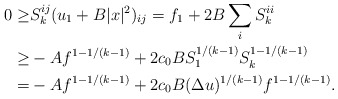
\begin{align*}\begin{aligned}0 \geq & S^{ij}_k (u_1 + B |x|^2)_{ij} = f_1 + 2 B \sum_i S^{ii}_k\\ \geq & - A f^{1 - 1/(k-1)} + 2 c_0 B S_1^{1/(k-1)} S_k^{1 - 1/(k-1)}\\ = & - A f^{1 - 1/(k-1)} + 2 c_0 B (\Delta u)^{1/(k-1)} f^{1 - 1/(k-1)}.\end{aligned}\end{align*}